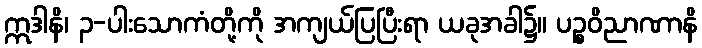
ဣဒါနိ၊ ၃-ပါးသောကံတို့ကို အကျယ်ပြပြီးရာ ယခုအခါ၌။ ပဉ္စဝိညာဏာနိ